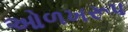
ઓળખરૂપ